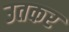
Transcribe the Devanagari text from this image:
उतकर